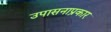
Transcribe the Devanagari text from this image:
उपासनाप्रकार